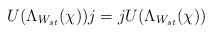
\begin{align*}U(\Lambda _{W_{st}}(\chi ))j=jU(\Lambda _{W_{st}}(\chi )) \end{align*}